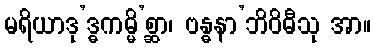
မရိယာဒု’ဒ္ဓကမ္မိ’စ္ဆာ၊ ဗန္ဓနာ’ဘိဝိဓီသု အာ။